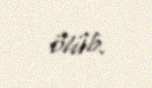
ölüb.